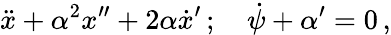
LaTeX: \ddot{x}+\alpha^{2}x^{\prime\prime}+2\alpha\dot{x}^{\prime}\, ;\quad\dot{\psi}+\alpha^{\prime}=0\, ,